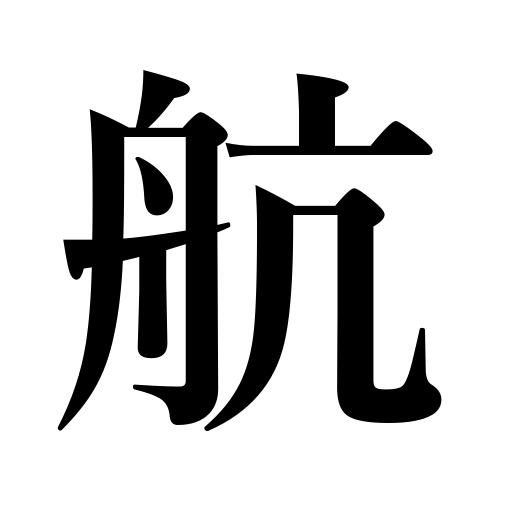
Meanings: cross over,navigation